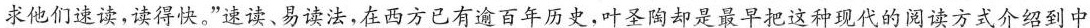
求他们速读，读得快。”速读、易读法，在西方已有逾百年历史，叶圣陶却是最早把这种现代的阅读方式介绍到中